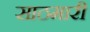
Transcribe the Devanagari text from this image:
साठमारी